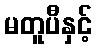
မတူပီနှင့်